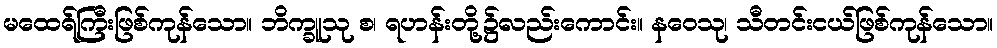
မထေရ်ကြီးဖြစ်ကုန်သော။ ဘိက္ခူသု စ၊ ရဟန်းတို့၌လည်းကောင်း။ နဝေသု၊ သီတင်းငယ်ဖြစ်ကုန်သော။